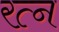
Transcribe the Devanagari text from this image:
रत्‍न